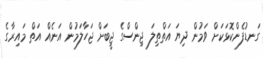
ގަނޑުފެންކޮޅަކަށް ވަމުން ދިޔަ އަތްތިލަ ޖިންސްގެ ޖީބަށް ޖަހާލަމުން އަނެއް އަތް މައިރާގެ